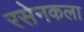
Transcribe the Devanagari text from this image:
रसेनकला